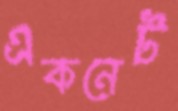
একনেট